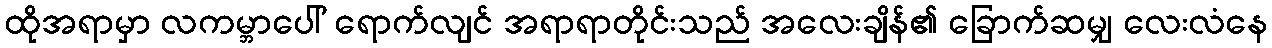
ထိုအရာမှာ လကမ္ဘာပေါ် ရောက်လျင် အရာရာတိုင်းသည် အလေးချိန်၏ ခြောက်ဆမျှ လေးလံနေ